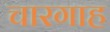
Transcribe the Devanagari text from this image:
चारगाह